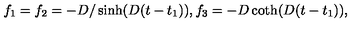
f _ { 1 } = f _ { 2 } = - D / \sinh ( D ( t - t _ { 1 } ) ) , f _ { 3 } = - D \coth ( D ( t - t _ { 1 } ) ) ,